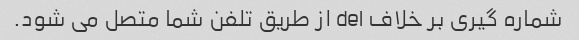
شماره گیری بر خلاف del از طریق تلفن شما متصل می شود.